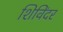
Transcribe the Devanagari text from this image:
शिविंदर